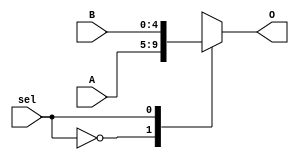
`timescale 1ns / 1ps
//////////////////////////////////////////////////////////////////////////////////
// Company: 
// Engineer: 
// 
// Design Name: 
// Module Name:    Mux5Bits 
// Project Name: 
// Target Devices: 
// Tool versions: 
// Description: 
//
// Dependencies: 
//
// Revision: 
// Revision 0.01 - File Created
// Additional Comments: 
//
//////////////////////////////////////////////////////////////////////////////////

/*
Objetivo del mdulo
Se crea para selecciona entre el valor de cero y el valor de los bits 19:15 de las instrucciones
y ya que solo son 5 bits se debe crear otro mdulo aparte del otro mux de 2 a 1

-Entradas
A: Primera entrada del mux 1'b0
B: Segunda entrada del mux 1'b1
sel: Seal de control para seleccionar entre las entradas

-Salida
O: Contiene el dato de alguna de las entradas, dependiendo de la seal de control

*/

module Mux5Bits(A, B, O, sel
    );
	//Definicion de entradas y salidas 
	input sel;
	input[4:0] A, B;
	output reg[4:0] O;

	//Descripcion del MUX
	always @(A, B, sel)
		begin
			case(sel)
			0: O = A;
			1: O = B;
			endcase
		end
	endmodule